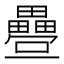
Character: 𭻸